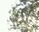
ચાવવાની